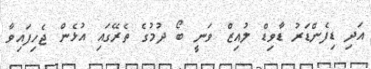
އަދި ޑިފެންޑަރު ޑާވިޑް ލުއިޒް ވަނީ ބޯ ދުމުގެ ތެރޭގައި އުޅެން ޖެހިފައިވާ